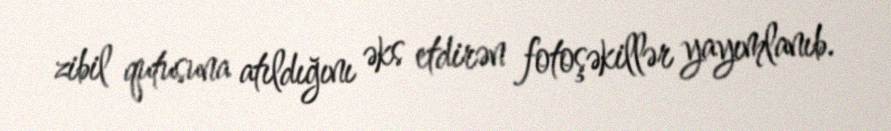
zibil qutusuna atıldığını əks etdirən fotoşəkillər yayımlanıb.